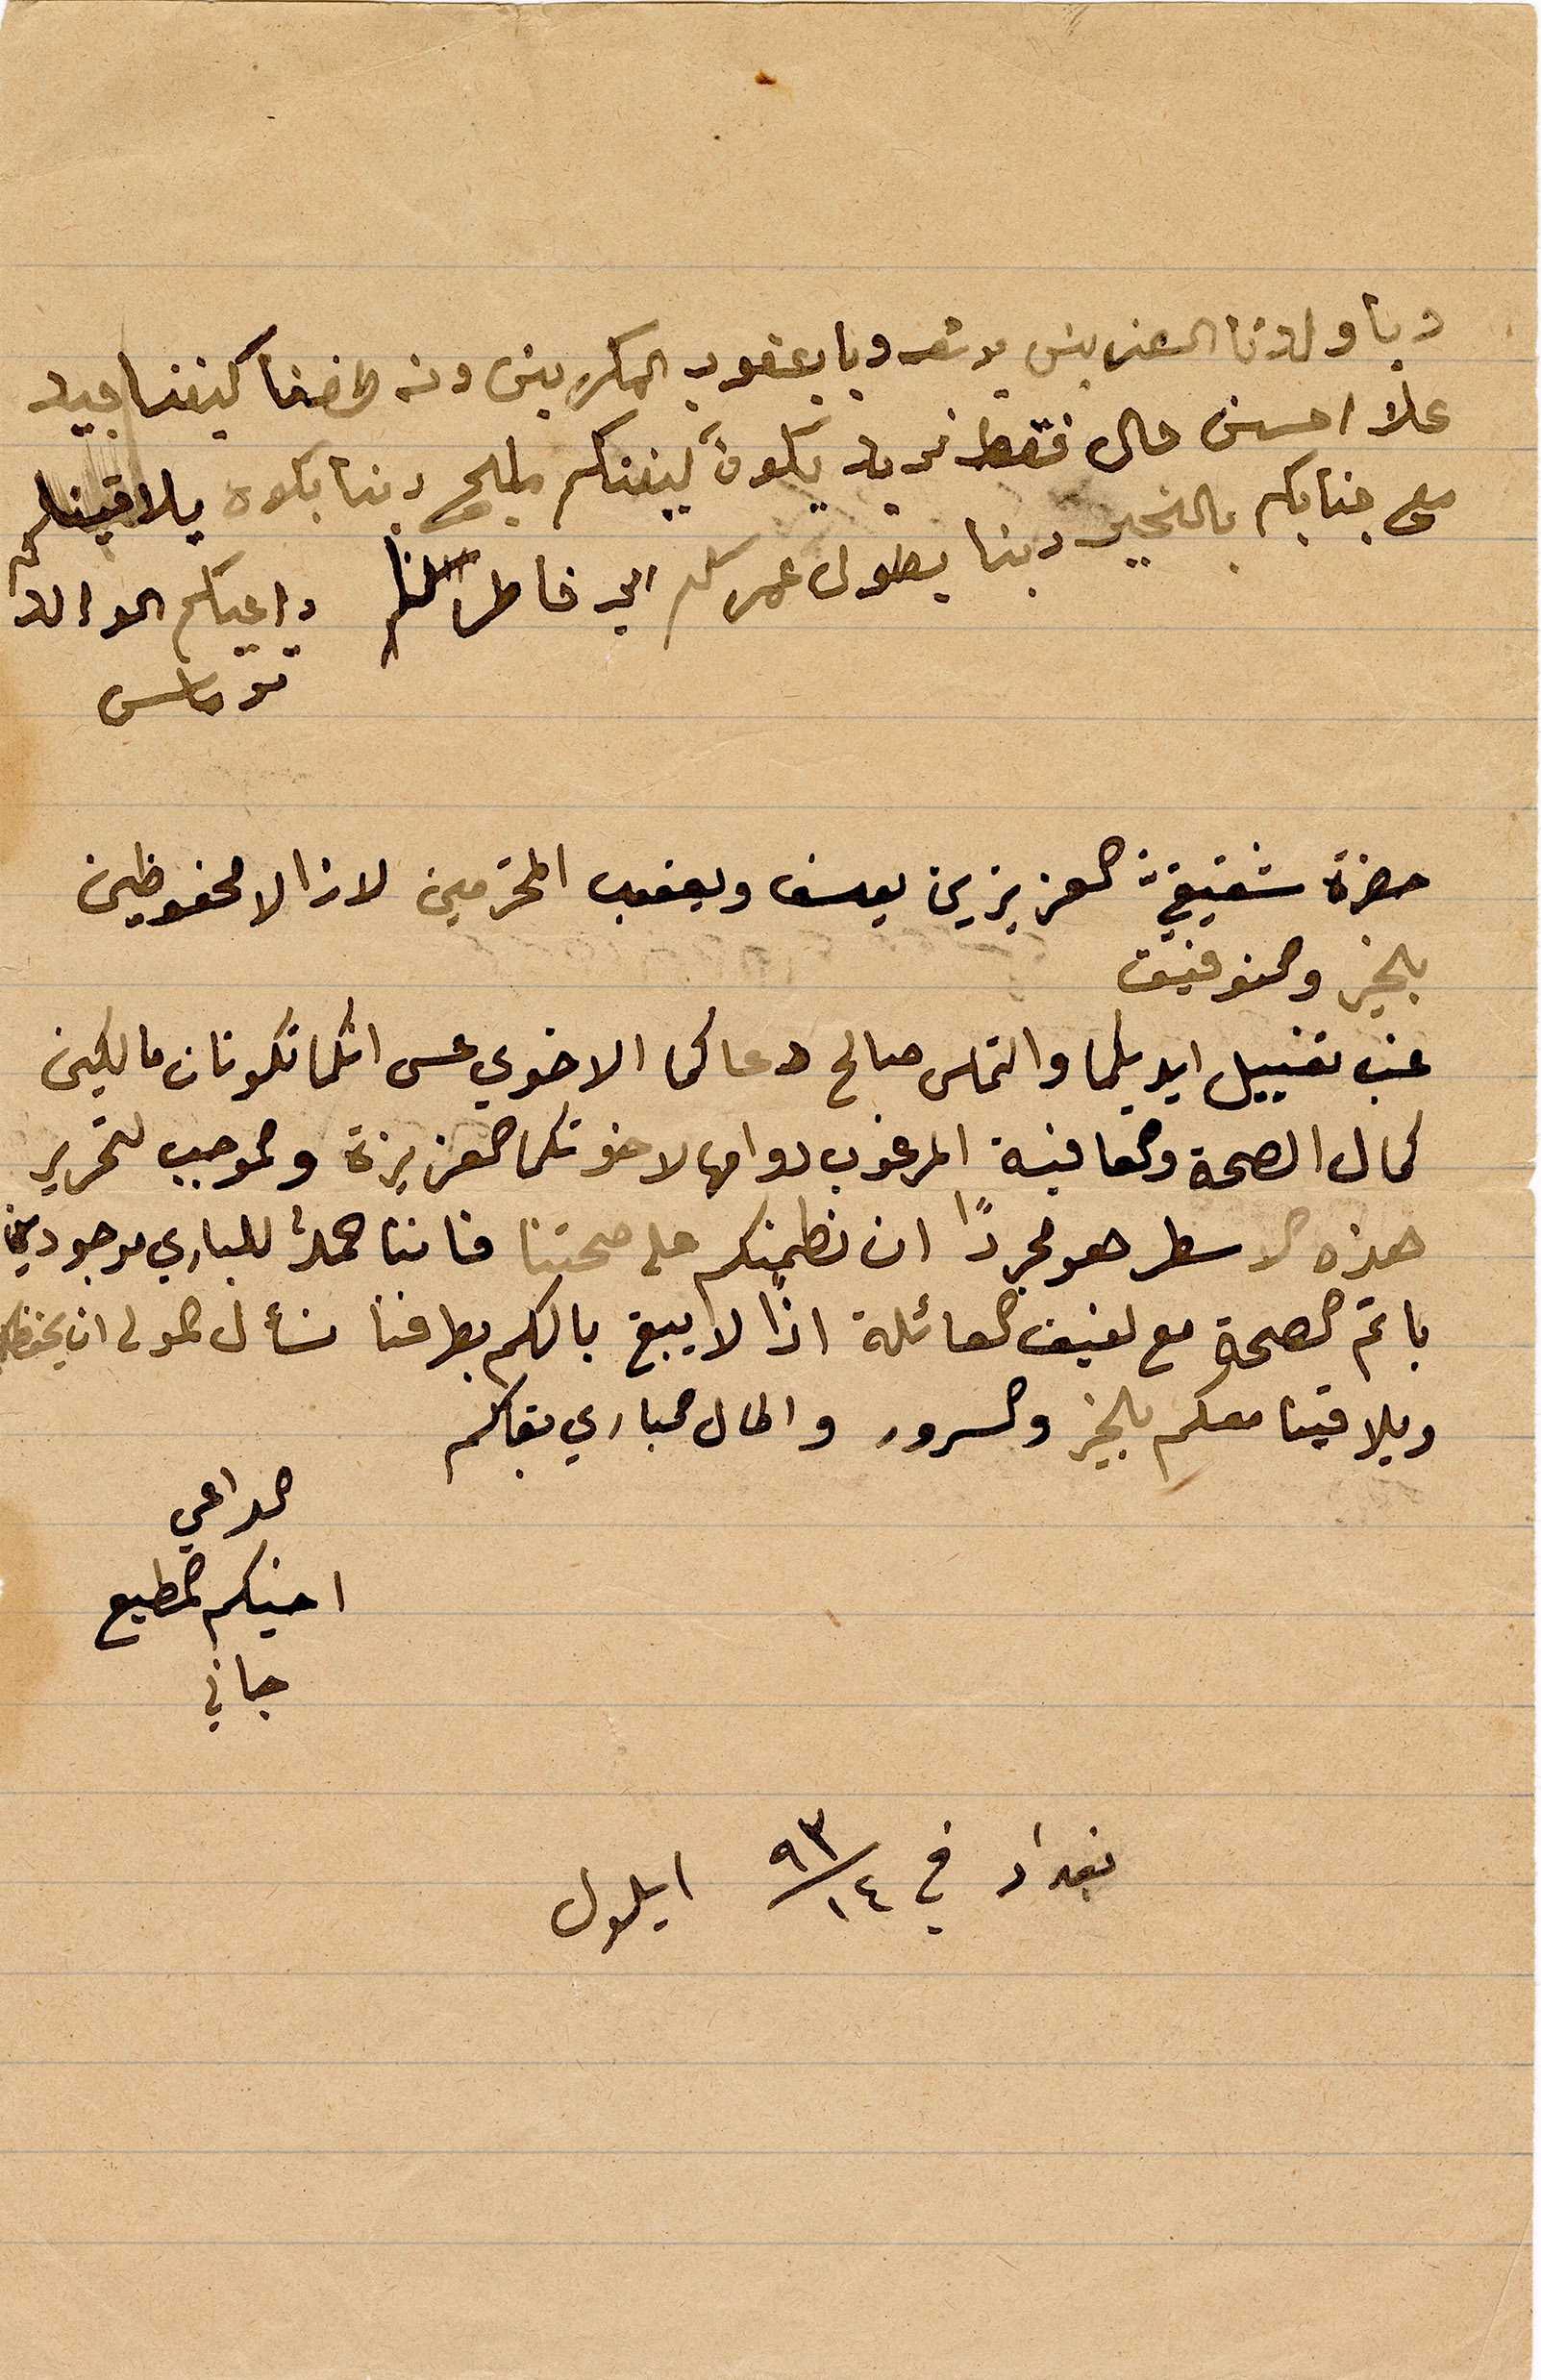
الى ولدنا العزيز يوسف ويعقوب المكرمين ونطفنا ...
علا احسن حال فقط نريد يكون بينكم مليح ... يلافقينا
مع جنابكم بالخير دبنا يطول عمركم الى خاطر  ... الوالد
حضرة شقيق العزيزين يوسف ويعقوب المحترمين لا زالا محفوظين
بخير وتوفيق
نحب تقبيل ايدكما والتماس صالح دعاكما الاخواي عسى انكما تكونان مالكين
كمال الصحة والعافية والمرغوب دوامها لاخوتكما العزيزة وبموجب لتحرير
هذه الاسطر هو مجردًا ان نطمنكم على صحتنا فاننا حمد الباري موجودين
باتم الصحة مع لفيف العائلة اذ لا يبق بالكم بطرفنا نسألة الولى ان يحفظكم ويلاقينا معكم بالخير والسرور
ويلاقينا معكم بالخير والسرور والمال كباري بقاكم
الداعي
اخيكم المطيع
جان
بغداد في ١٤\٩٣ أيلول